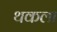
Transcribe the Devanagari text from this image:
थकला